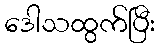
ဒေါသထွက်ပြီး